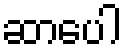
ဆာပေါ